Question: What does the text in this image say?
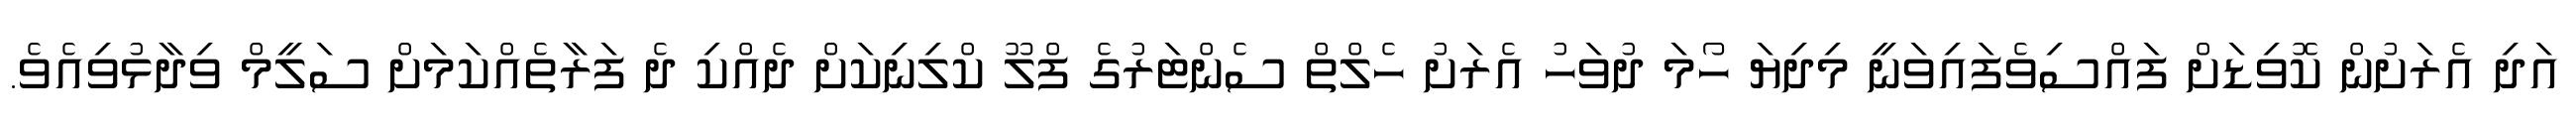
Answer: އަދި އެރަށުން ކޮވިޑަށް ފައްސިވެފައިވަނީ މިދިޔަ ހޯމަ ދުވަހު އެރަށު ހެލްތް ސެންޓަރުގެ ފްލޫ ކްލިނިކަށް ދެއްކި ދެ ފަރާތެއްކަމަށް ސަލީމް ވިދާޅުވިއެވެ.